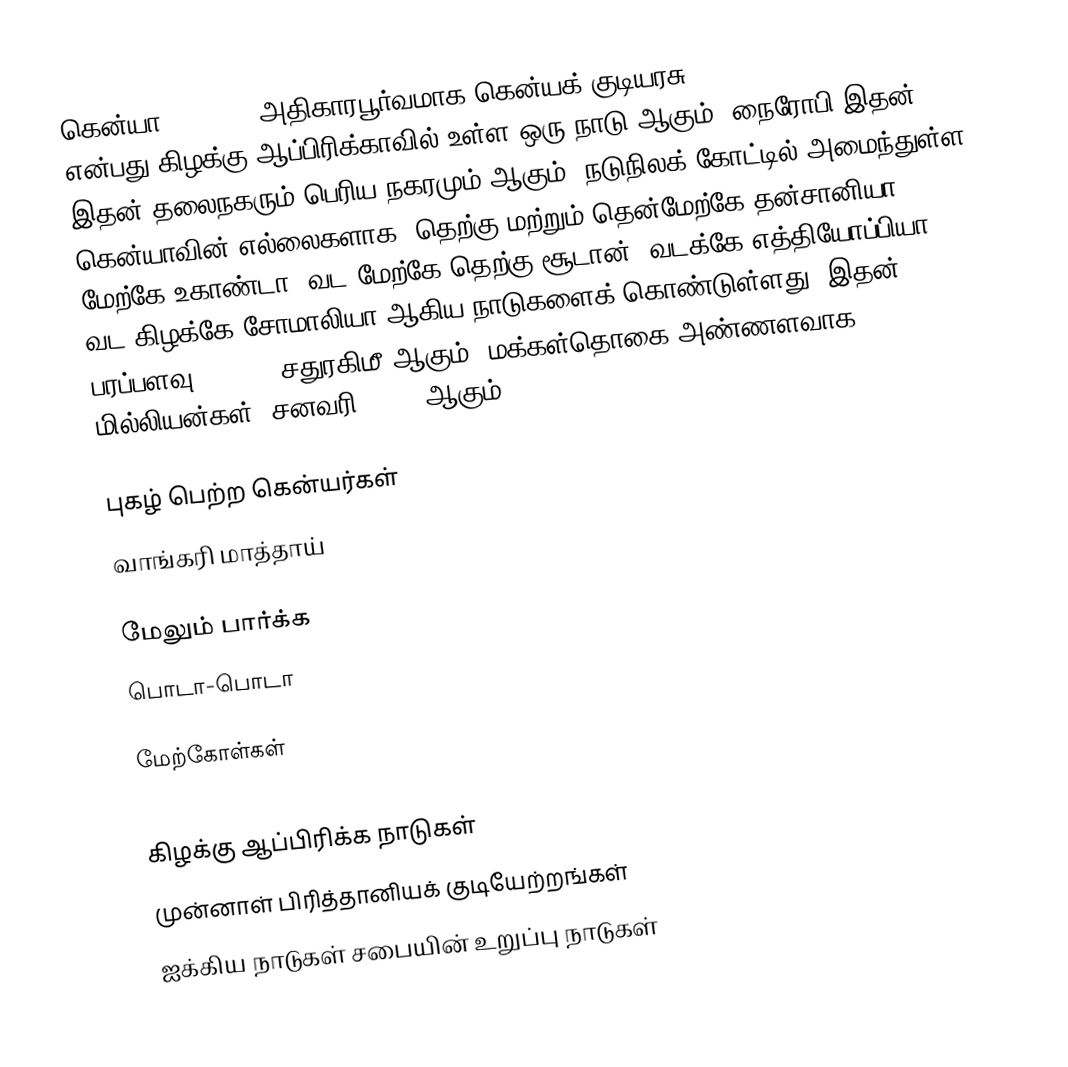
கென்யா (Kenya), அதிகாரபூர்வமாக கென்யக் குடியரசு (Republic of Kenya), என்பது கிழக்கு ஆப்பிரிக்காவில் உள்ள ஒரு நாடு ஆகும். நைரோபி இதன் இதன் தலைநகரும் பெரிய நகரமும் ஆகும். நடுநிலக் கோட்டில் அமைந்துள்ள கென்யாவின் எல்லைகளாக, தெற்கு மற்றும் தென்மேற்கே தன்சானியா, மேற்கே உகாண்டா, வட-மேற்கே தெற்கு சூடான், வடக்கே எத்தியோப்பியா, வட-கிழக்கே சோமாலியா ஆகிய நாடுகளைக் கொண்டுள்ளது. இதன் பரப்பளவு 581,309 சதுரகிமீ ஆகும். மக்கள்தொகை அண்ணளவாக 48 மில்லியன்கள் (சனவரி 2017) ஆகும்.

புகழ் பெற்ற கென்யர்கள்
 வாங்கரி மாத்தாய்

மேலும் பார்க்க
 பொடா-பொடா

மேற்கோள்கள்

கிழக்கு ஆப்பிரிக்க நாடுகள்
முன்னாள் பிரித்தானியக் குடியேற்றங்கள்
ஐக்கிய நாடுகள் சபையின் உறுப்பு நாடுகள்